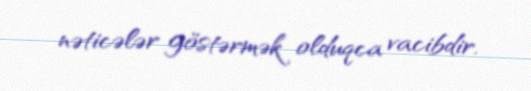
nəticələr göstərmək olduqca vacibdir.